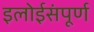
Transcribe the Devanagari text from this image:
इलोईसंपूर्ण